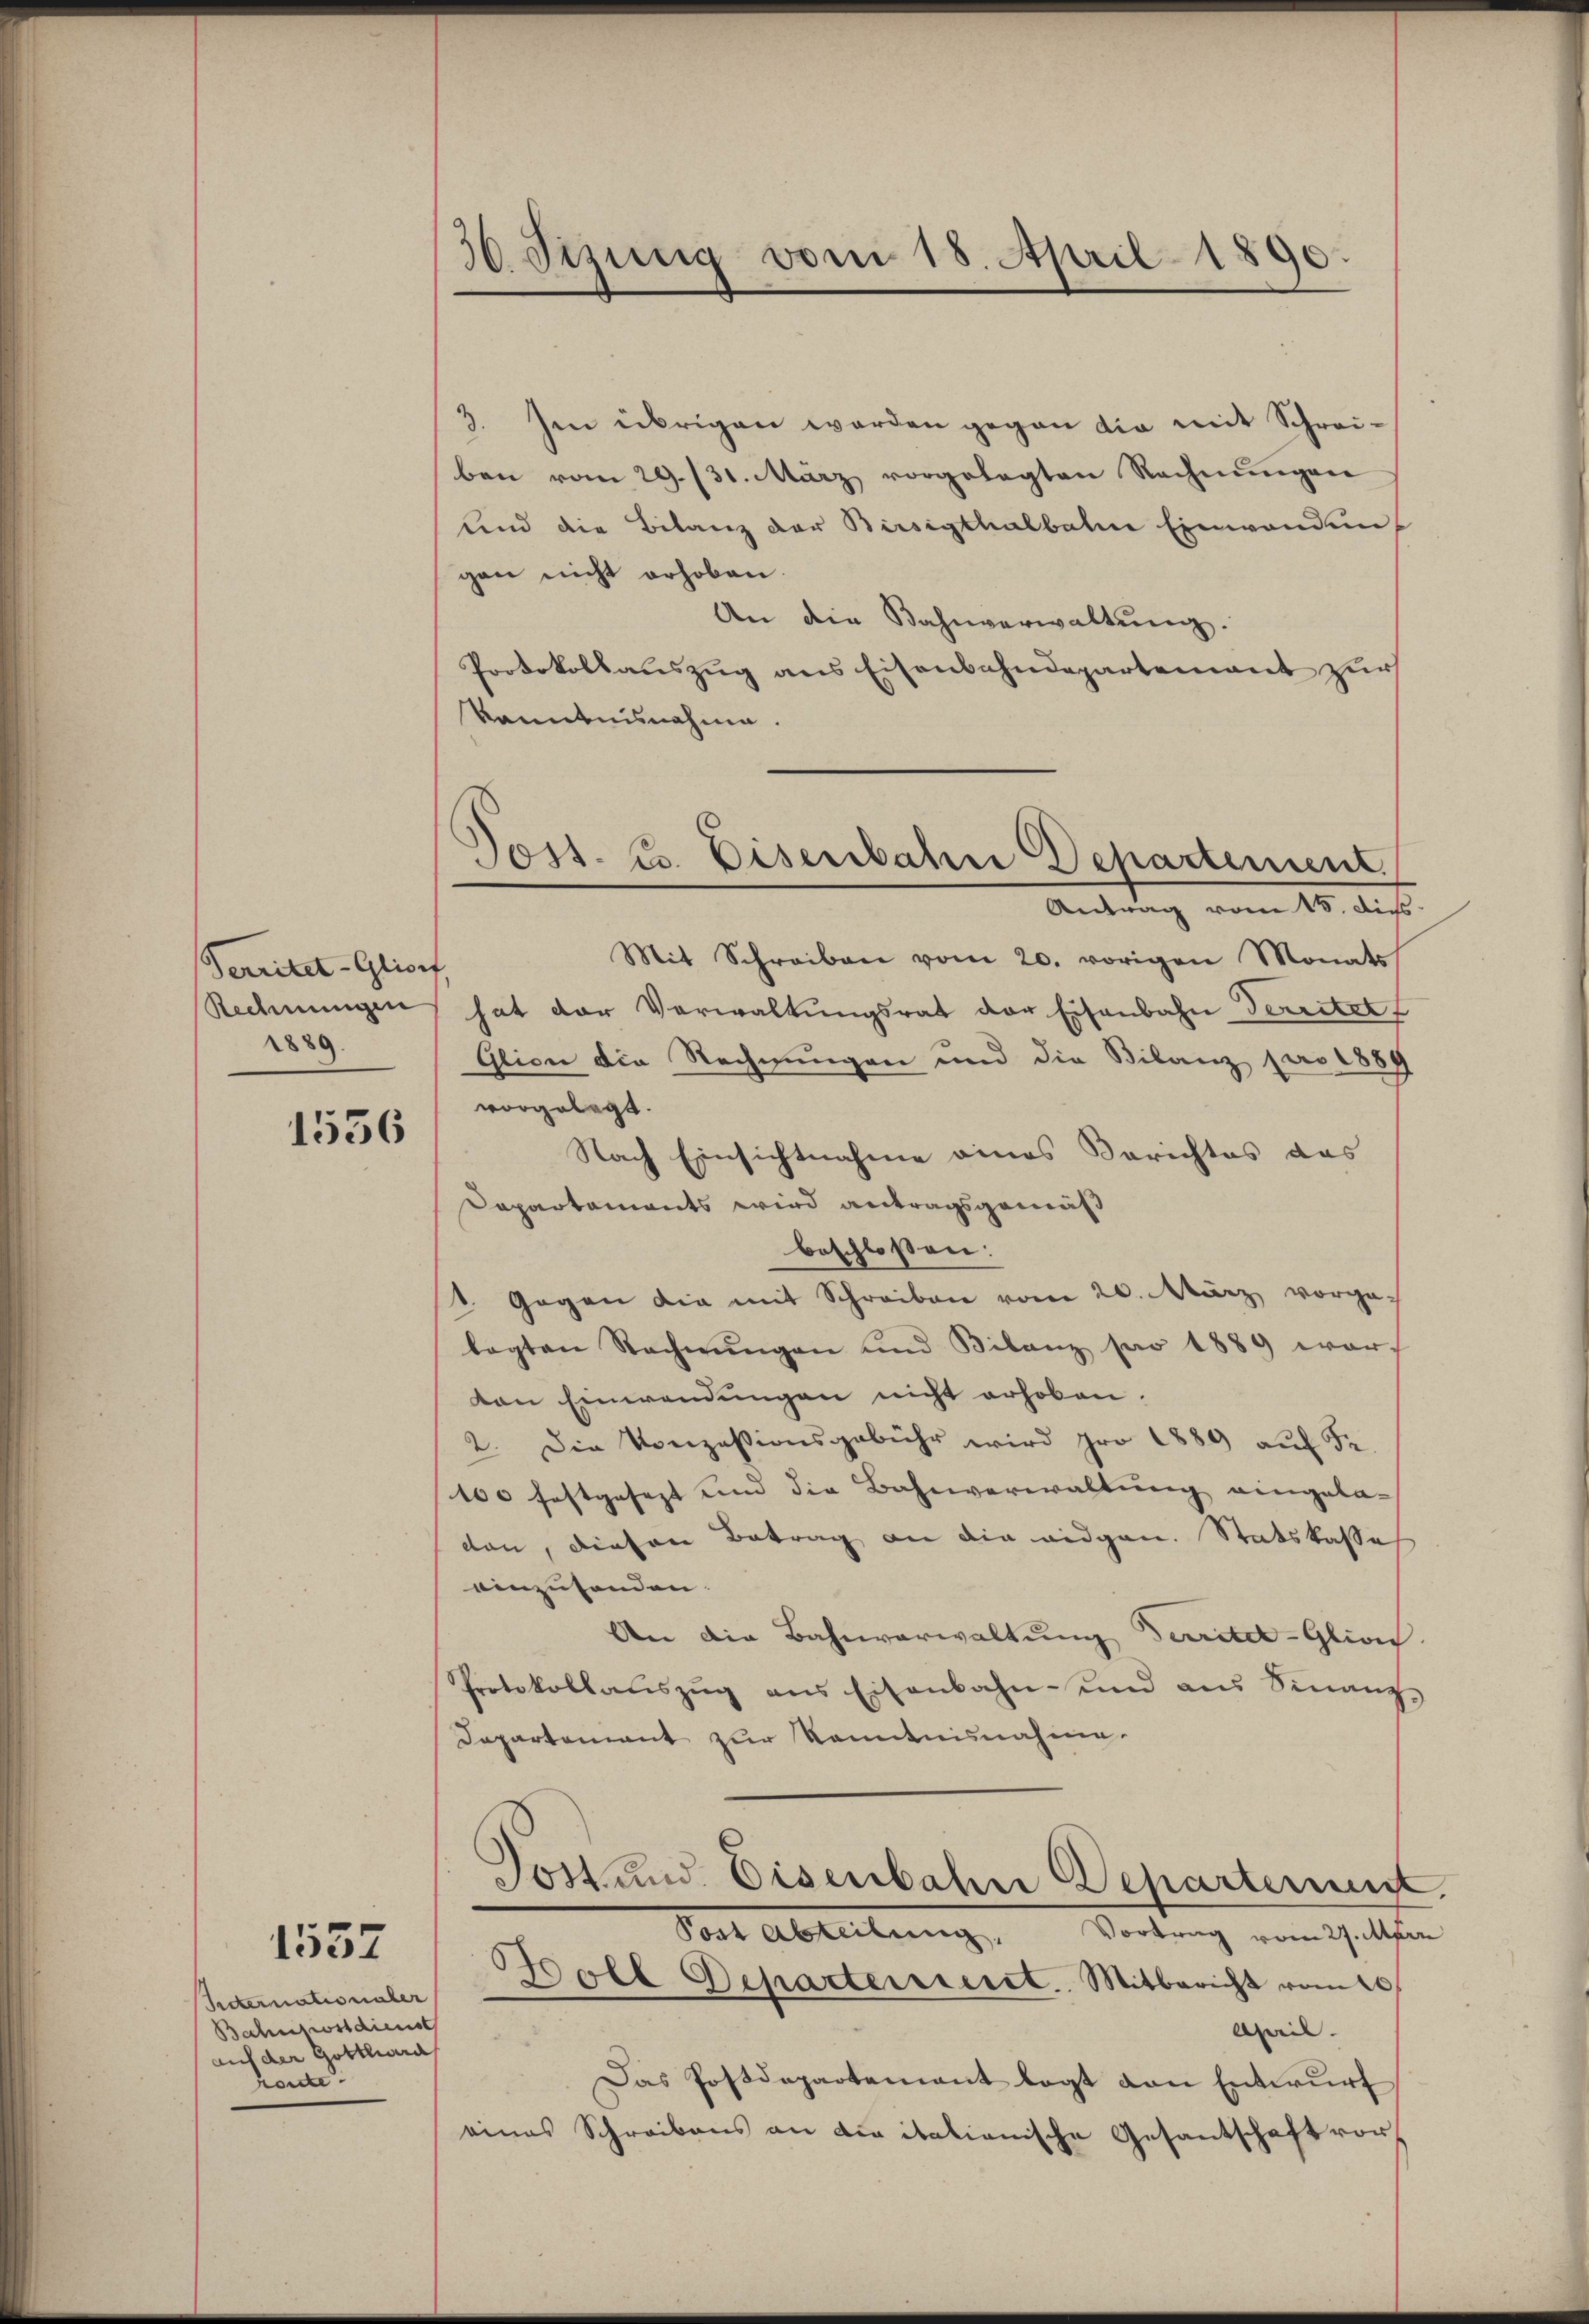
Territet-Glioef
Rechnungen
1889.

1556

1557

Secternationaler
Bahnhostdienst
auf der Gottlwerd
honde

30. Jezung vom 18. April 1890.

3. Im übrigen werden gegen die mit Schreiben vom 29./31. März vorgelegten Rechnŭngen
und die Bilanz der Birsigthalbahne Einwandungen nicht erhoben.
An die Bahnverwaltŭng.
Protokollauszug aus Eisenbahndepartement zur
kanntnisnahme.

Joss. E. Eisenbahn Departement
Antrag vom 15. dis

Mit Schreiben vom 20. vorigen Monats
hat der Verwaltungsrat der Eisenbahn Territet
Glion die Rechnungen und die Bilanz pro 1889
vorgelegt.
Nach Einsichtnahme eines Berichtes das
Dapartaments wird antragsgemäß
beschloßen:
1. Gegen die mit Schreiben vom 20. März vorge-
lagten Rechnŭngen und Bilanz pro 1889 war
von Einwendungen nicht erhoben.
2. Die Konzessionsgebühr wird pro 1880 aŭf Fr.
100 festgesezt und die Bahnverwaltung eingeladon, diesen Betrag an die eidgen. Statskasses
einzusenden.
An die Bahnverwaltung Territot-Glion
Protokollaŭszŭg ans Eisenbahn- und aus Sinanz-
Departement zur Kenntnisnahme.
Jost und Eisenbahn Departement.
Post Abteilung, Vortrag vom 27. Mari
Wolle Departenseret. Mitbericht vom 10.
Chweil.
d
Das Postdepartement legt von Entwŭrf
eines Schreibens an die itationische Gesantschaft vor